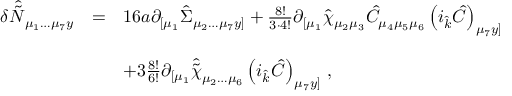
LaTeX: \begin{array} { r c l } { { \delta \hat { \tilde { N } } _ { \mu _ { 1 } \ldots \mu _ { 7 } y } } } & { { = } } & { { 1 6 a \partial _ { [ \mu _ { 1 } } \hat { \Sigma } _ { \mu _ { 2 } \ldots \mu _ { 7 } y ] } + \frac { 8 ! } { 3 \cdot 4 ! } \partial _ { [ \mu _ { 1 } } \hat { \chi } _ { \mu _ { 2 } \mu _ { 3 } } \hat { C } _ { \mu _ { 4 } \mu _ { 5 } \mu _ { 6 } } \left( i _ { \hat { k } } \hat { C } \right) _ { \mu _ { 7 } y ] } } } \\ { { } } & { { } } & { { } } \\ { { } } & { { } } & { { + 3 \frac { 8 ! } { 6 ! } \partial _ { [ \mu _ { 1 } } \hat { \tilde { \chi } } _ { \mu _ { 2 } \ldots \mu _ { 6 } } \left( i _ { \hat { k } } \hat { C } \right) _ { \mu _ { 7 } y ] } \, , } } \end{array}